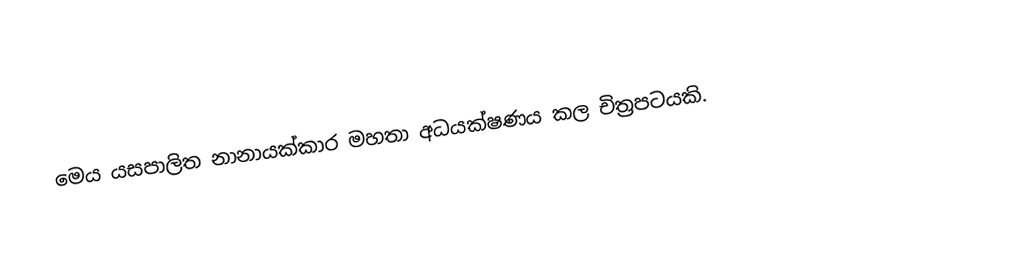
මෙය යසපාලිත නානායක්කාර මහතා අධයක්ෂණය කල චිත්‍රපටයකි.